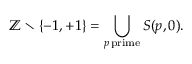
\mathbb { Z } \setminus \{ - 1 , + 1 \} = \bigcup _ { p \mathrm { \, p r i m e } } S ( p , 0 ) .